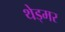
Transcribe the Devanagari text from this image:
थेड्मर